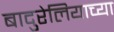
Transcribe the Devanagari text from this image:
बादुरेलियाच्या